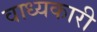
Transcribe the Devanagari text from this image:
वाध्यकारी